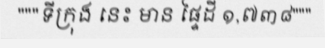
"""ទីក្រុង នេះ មាន ផ្ទៃដី ១,៧៣៨"""